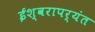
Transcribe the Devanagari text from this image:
ईश्वरापर्यंत